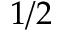
1 / 2